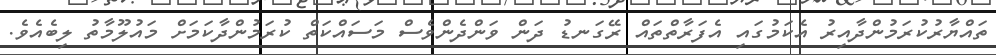
ތައްޔާރުކުރަމުންދާއިރު އެކަމުގައި އެފަރާތްތައް ރޭގަނޑު ދަން ވަންދެންވެސް މަސައްކަތް ކުރަމުންދާކަމަށް މައުލޫމާތު ލިބެއެވެ.